Mental hospitals Bombay report 1929-33 - 1929-1933
Year: 1929
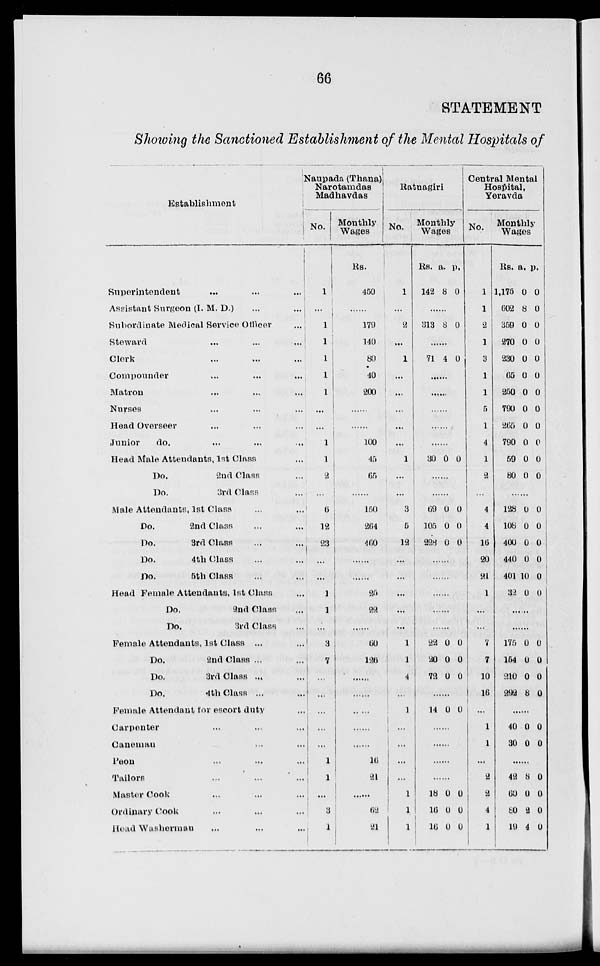
66
STATEMENT
Showing the Sanctioned Establishment of the Mental Hospitals of
Establishment
Superintendent ... ... ...
Assistant Surgeon (I. M. D.)
...
...
Subordinate Medical Service Officer
...
Steward
...
...
...
Clerk ... ... ...
Compounder ... ... ...
Matron ... ... ...
Nurses ... ... ...
Head Overseer ... ... ...
Junior
do. ... ... ...
Head Male Attendants, 1st Class ...
Do.
2nd Class ...
Do.
3rd Class ...
Male Attendants, 1st Class
...
...
Do.
2nd Class ... ...
Do.
3rd Class ... ...
Do.
4th Class ... ...
Do.
5th Class ... ...
Head Female Attendants, 1st Class ...
Do.
2nd Class ...
Do.
3rd Class ...
Female Attendants, 1st Class ... ...
Do.
2nd Class ... ...
Do.
3rd Class ... ...
Do.
4th Class ... ...
Female Attendant for escort duty ...
Carpenter ... ... ...
Caneman ... ...
Peon ... ... ...
Tailors ... ... ...
Master Cook ... ... ...
Ordinary Cook ... ... ...
Head Washerman ... ... ...
Naupada (Thana)
Narotamdas
Madhavdas
No.
1
...
1
1
1
1
1
...
...
1
1
2
...
6
12
23
...
...
1
1
...
3
7
...
...
...
...
...
1
1
...
3
1
Monthly
Wages
Rs.
450
......
179
140
80
40
200
......
......
100
45
65
......
150
264
460
......
......
25
22
......
60
126
......
......
......
......
10
21
......
62
21
Ratnagiri
No.
1
...
2
...
1
...
...
...
...
...
1
...
...
3
5
12
...
...
...
...
...
1
1
4
...
1
...
...
...
...
1
1
1
Monthly
Wages
Rs.
142
a.
8
p.
0
......
313 8 0
......
71 4 0
......
......
......
......
......
30 0 0
......
......
69
105
228
0
0
0
0
0
0
......
......
......
......
......
22
20
72
0
0
0
0
0
0
......
14 0 0
......
......
......
......
18
16
16
0
0
0
0
0
0
Central Mental
Hospital,
Yeravda
No.
1
1
2
1
3
1
1
5
1
4
1
2
...
4
4
16
20
21
1
...
...
7
7
10
16
...
1
1
...
2
2
4
1
Monthly
Wages
Rs.
1,175
602
359
270
230
65
250
790
265
790
59
80
a.
0
8
0
0
0
0
0
0
0
0
0
0
p.
0
0
0
0
0
0
0
0
0
0
0
0
......
128
108
400
440
401
32
0
0
0
0
10
0
0
0
0
0
0
0
......
......
175
154
210
292
0
0
0
8
0
0
0
0
......
40
30
0
0
0
0
......
42
69
80
19
8
0
2
4
0
0
0
0